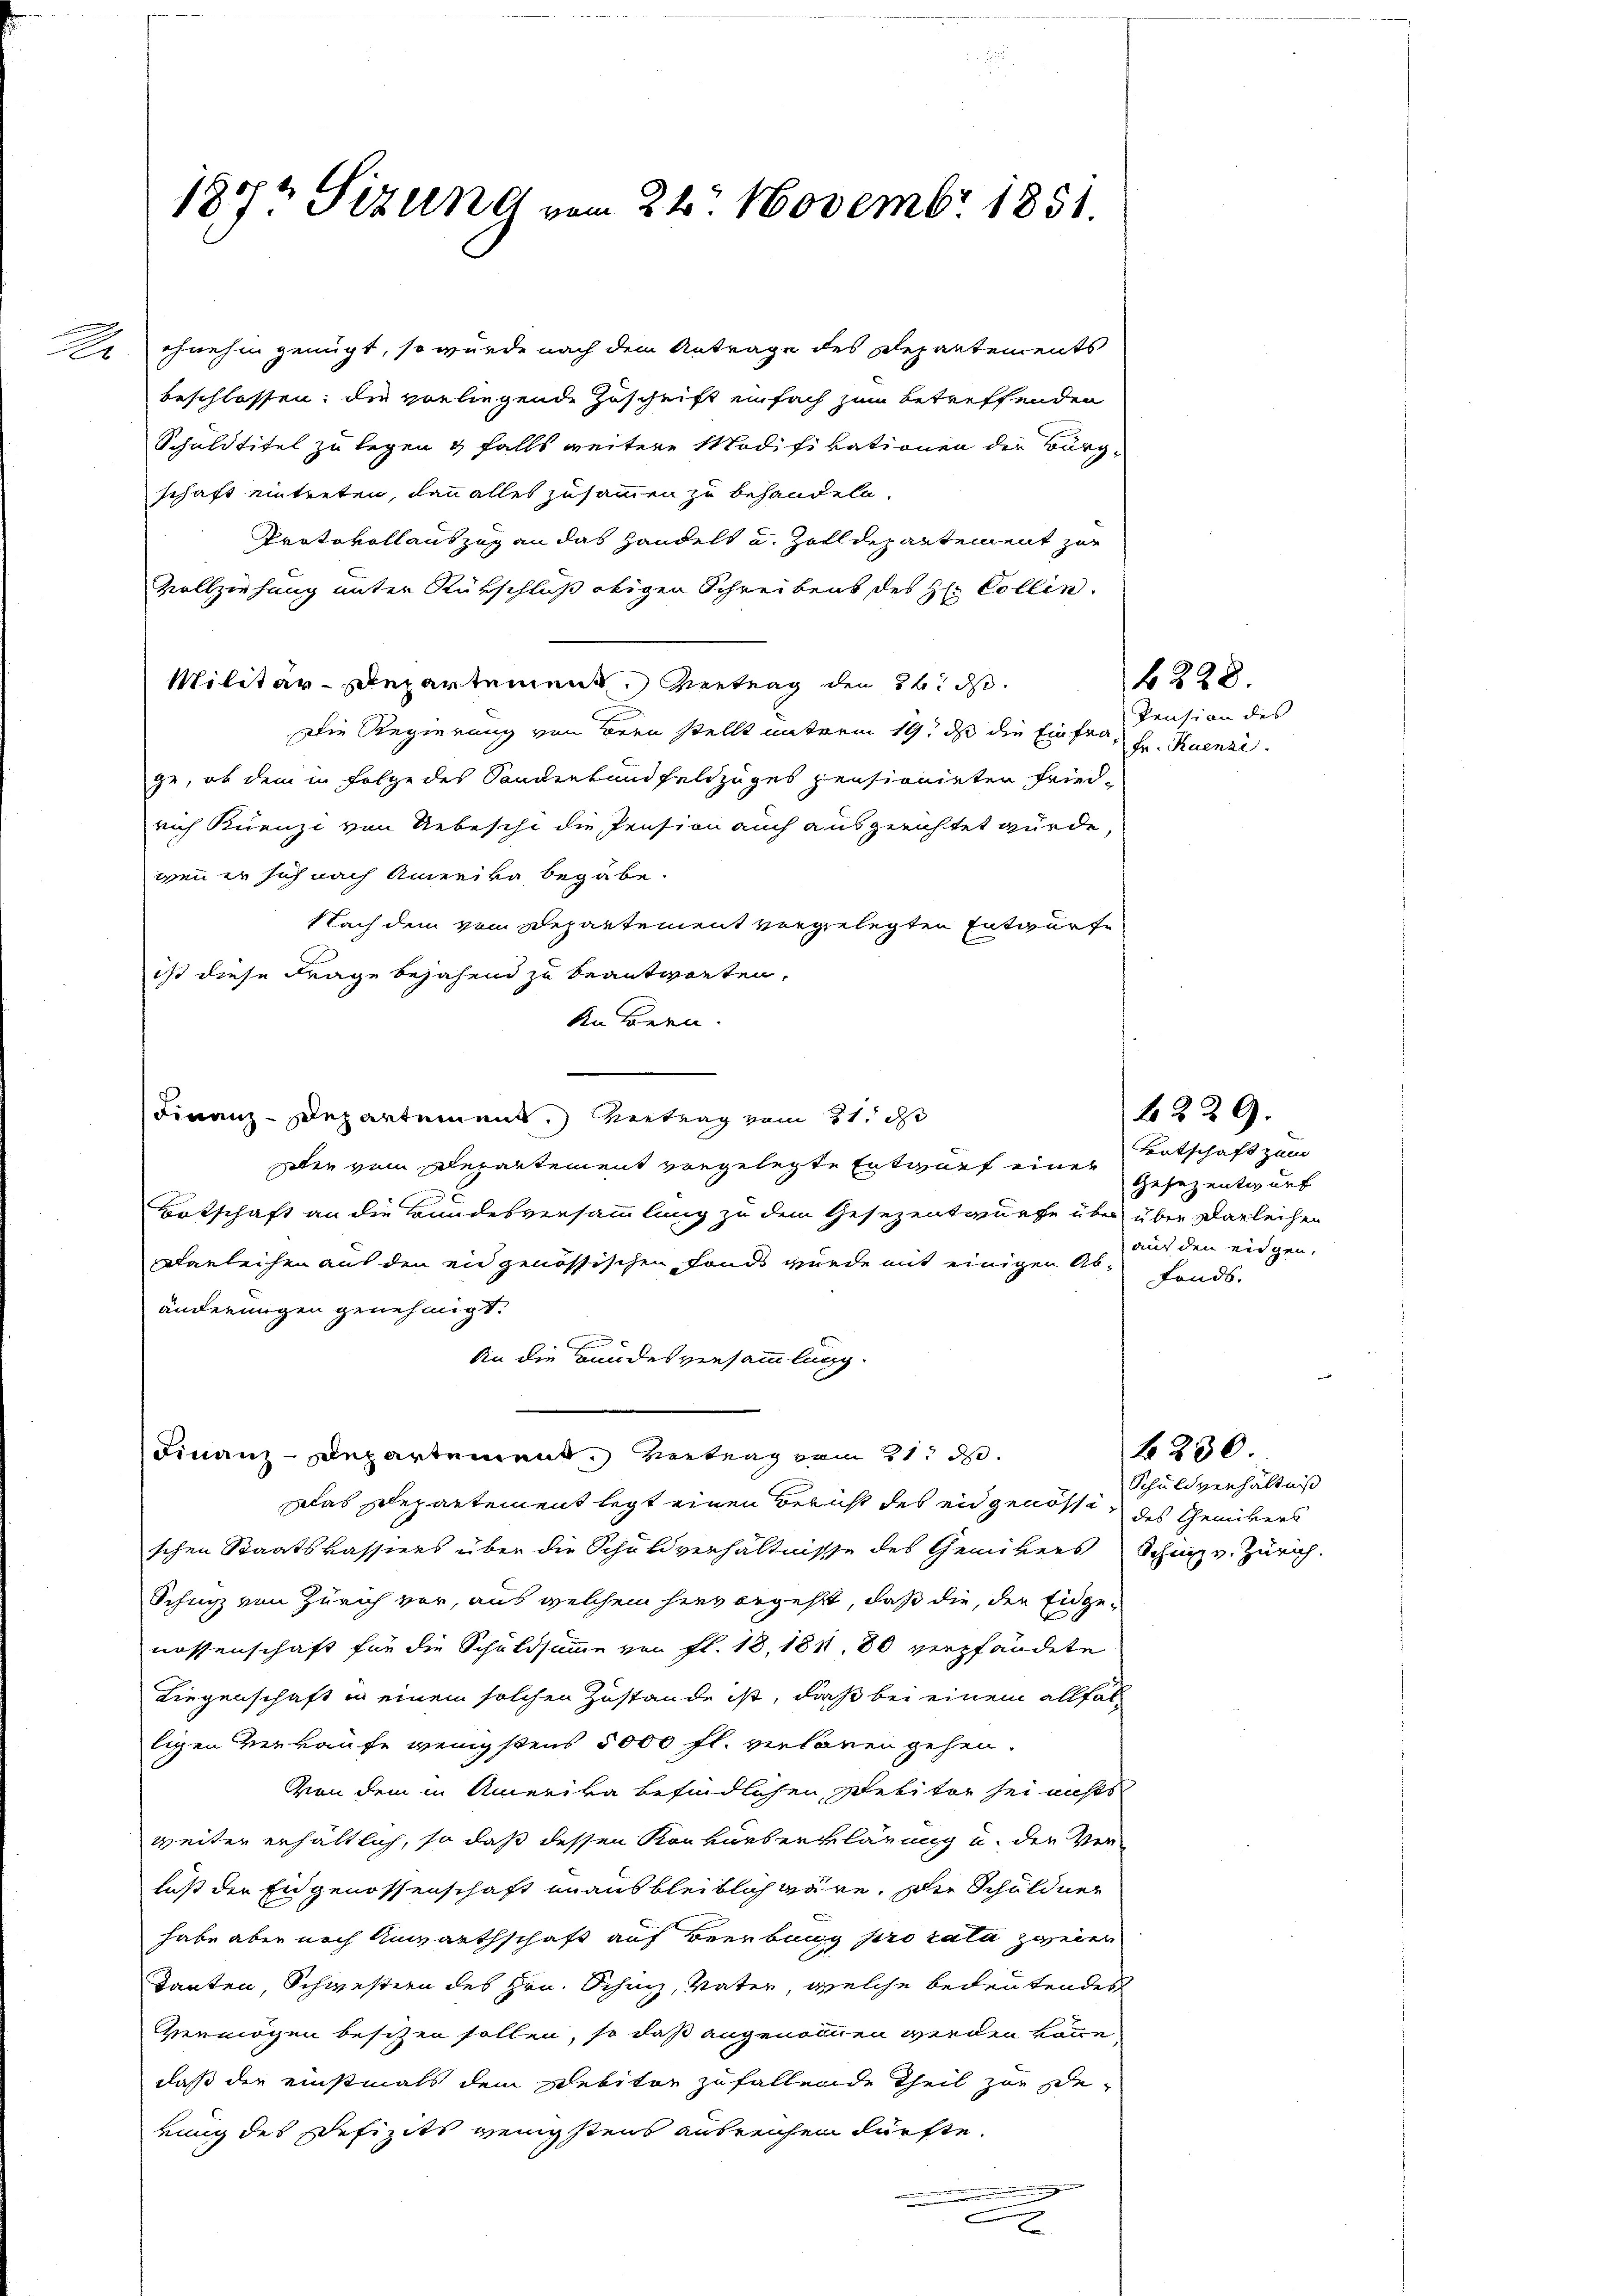
187t Sizung vom 24. Novembr 1851.

. ohnehin genügt, so würde nach dem Antrage des Departements
beschlossen; die vorliegende Zuschrift einfach zum betreffenden
Schuldtitel zu legen & falls weitere Modifikationen der Bürg-
schaft eintreten, dann alles zusammen zu behandeln.
Protokollauszug an das Handelt u. Zolldepartement zur
Vollziehung unter Rükschloß obigen Schreibens des H. Collen.
Militär-Departement. Vertrag den 22. d.
Die Regierung von Bern stellt unterm 19. ds die Einfrage, ob dem in Folge des Sonderbandfeldzuges pensionieten Fried-
rich Kuenze von Uebeschi die Pension auch ausgerichtet würde,
wenn er sich nach Amerika begabe.
Nach dem vom Departement vorgelegten Entwurfe
ist diese Frage bejahend zu beantworten,
Kn Bern.
Finanz-Departement.) Vertrag vom 21. d
Die vom Departement vorgelegte Entwurf eines
Botschaft an die Bundesversammlung zu dem Gesezentwurfe über über Darleihen
Darleihen aus den ein genössischen Fonds wurde mit einigen Abänderungen genehmigt.
An die Bundesversammlung.
Finanz-Departement. Vertrag vom 21. d.
Das Departement legt einen Bericht des eidgenössischen Staatskassiers über die Schuldverhältnisse des Gemikers Schwyz v. Zürich.
Schutz von Zürich vor, aus welchem hier ergeht, daß die, die Eidgenessenschaft für die Schuldsumme von fl. 18, 1811. 80 verpfändete
Liegenschaft in einem solchen Zustande ist, daß bei einem allfalligen Verkaufe wenigstens 5000 fl. verloren gehen.
Von dem in Amerika befindlichen Debitor sei nichts
weiter erhältlich, so daß dessen Konkurserklärung u. den Verluß die Eidgenossenschaft unausbleiblich wäre. Die Schuldner
habe aber nach Anwarthschaft auf Beerbung pro rata zweier
Tanten, Schwestern des Hrn. Schinz, Vater, welche bedeutendes
Vermögen besitzen sollen, so daß angenommen werden könne
daß der einstmals dem Debitor zufallende Theil zur De-
rung des Defizits wenigstens ausreichen dürfte.
n
8

Pension des
Fr. Ruenzi

6228.

Entschaft zum
Gesezentwurf
auf den eidgen.
Fonds.

Schuldverhältniß
des Chemikers

f230

6229.